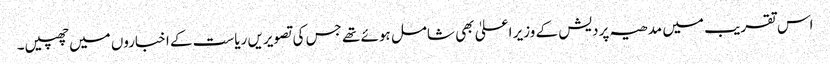
اس تقریب میں مدھیہ پردیش کے وزیر اعلیٰ بھی شامل ہوئے تھے جس کی تصویریں ریاست کے اخباروں میں چھپیں۔